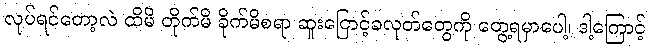
လုပ်ရင်တော့လဲ ထိမိ တိုက်မိ ခိုက်မိစရာ ဆူးငြောင့်ခလုတ်တွေကို တွေ့ရမှာပေါ့၊ ဒါ့ကြောင့်